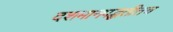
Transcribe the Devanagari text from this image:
दशमानपद्धतीतच